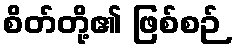
စိတ်တို့၏ ဖြစ်စဉ်